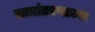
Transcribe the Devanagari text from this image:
सत्तांतरणाच्या